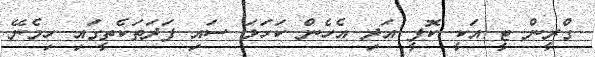
ގްރީން ޓީ އަކީ ކޮފީ އަދި އެހެން ކަހަލަ ސައި ފަދަތަކެތީގައި ހިމެނޭ